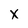
Character: X